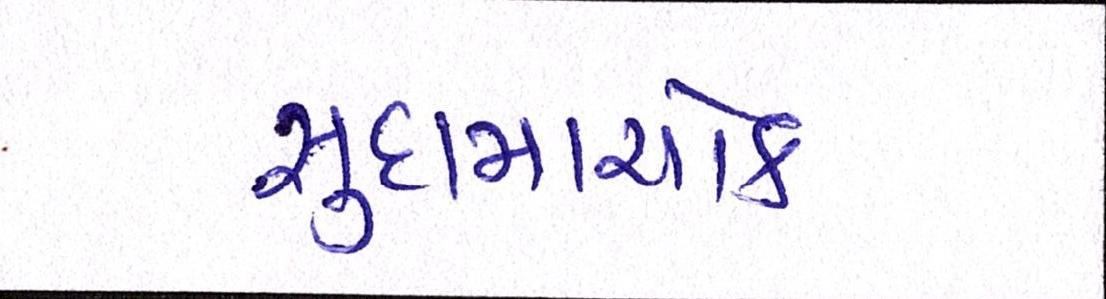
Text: સુદામાચોક